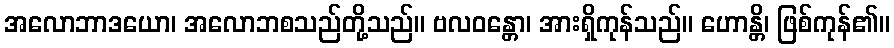
အလောဘာဒယော၊ အလောဘစသည်တို့သည်။ ဗလဝန္တော၊ အားရှိကုန်သည်။ ဟောန္တိ၊ ဖြစ်ကုန်၏။